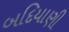
બદિયાણી